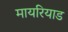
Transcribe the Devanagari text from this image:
मायरियाड